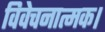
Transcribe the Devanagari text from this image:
विवेचनात्मक।